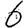
Digit: 6